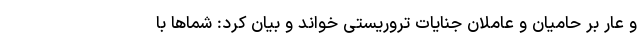
و عار بر حامیان و عاملان جنایات تروریستی خواند و بیان کرد: شماها با